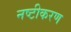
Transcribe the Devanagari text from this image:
नष्टीकरण